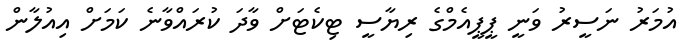
އުމަރު ނަސީރު ވަނީ ޕީޕީއެމްގެ ރިޔާސީ ޓިކެޓަށް ވާދަ ކުރައްވާނެ ކަމަށް އިއުލާން